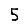
Digit: 5